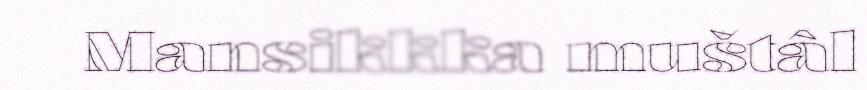
Mansikkka muštâl